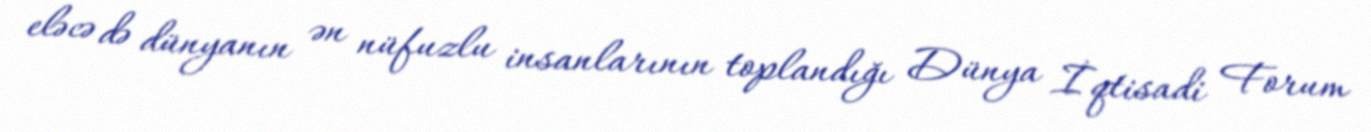
eləcə də dünyanın ən nüfuzlu insanlarının toplandığı Dünya İqtisadi Forum